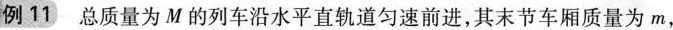
例11 总质量为M的列车沿水平直轨道匀速前进，其末节车厢质量为m，